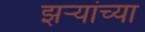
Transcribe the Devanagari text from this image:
झर्‍यांच्या